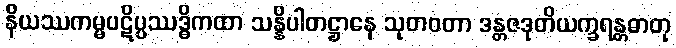
နိယဿကမ္မပဋိပ္ပဿဒ္ဓိကထာ သန္နိပါတဋ္ဌာနေ သုတဝတာ ဒန္တဇဒုတိယက္ခရန္တဓာတု